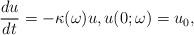
LaTeX: \begin{align*}\frac{du}{dt} = -\kappa(\omega)u,u(0;\omega) = u_0,\end{align*}